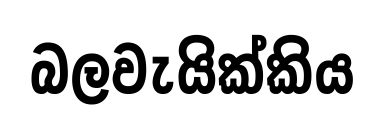
බලවැයික්කිය